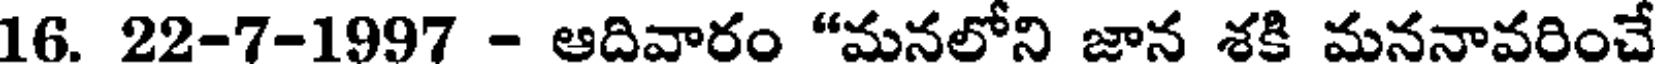
16. 22-7-1997 - ఆదివారం "మనలోని జాన శకి మననావరించే